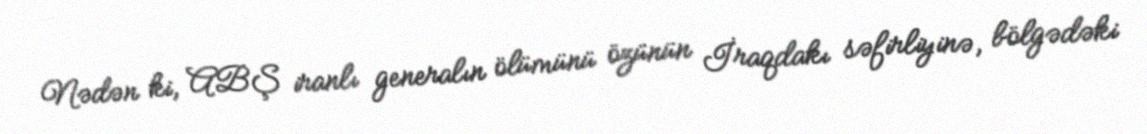
Nədən ki, ABŞ iranlı generalın ölümünü özünün İraqdakı səfirliyinə, bölgədəki